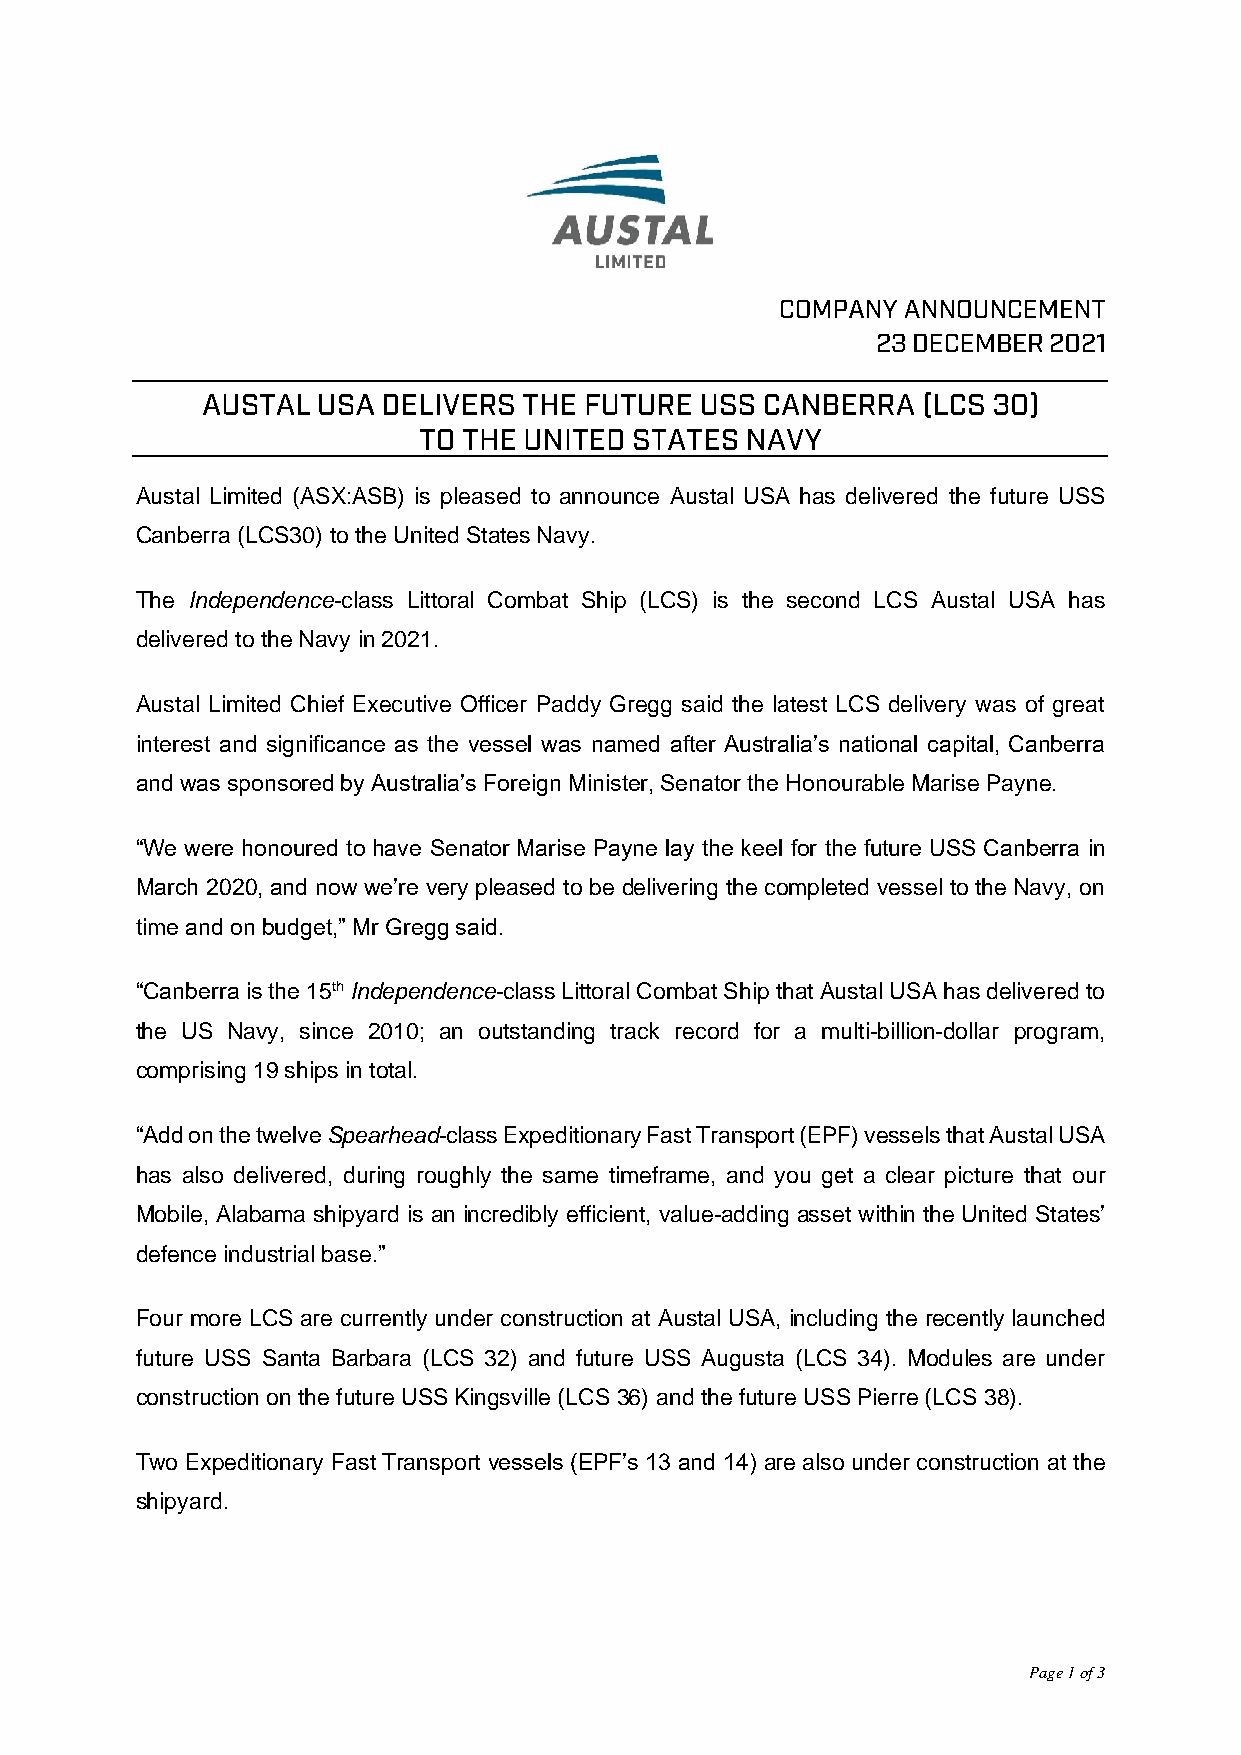
Austal Limited (ASX:ASB) is pleased to announce Austal USA has delivered the future USS
 Canberra (LCS30) to the United States Navy.
 The Independence-class Littoral Combat Ship (LCS) is the second LCS Austal USA has
 delivered to the Navy in 2021.
 Austal Limited Chief Executive Officer Paddy Gregg said the latest LCS delivery was of great
 interest and significance as the vessel was named after Australia’s national capital, Canberra
 and was sponsored by Australia’s Foreign Minister, Senator the Honourable Marise Payne.
 “We were honoured to have Senator Marise Payne lay the keel for the future USS Canberra in
 March 2020, and now we’re very pleased to be delivering the completed vessel to the Navy, on
 time and on budget,” Mr Gregg said.
 “Canberra is the 15th Independence-class Littoral Combat Ship that Austal USA has delivered to
 the US Navy, since 2010; an outstanding track record for a multi-billion-dollar program,
 comprising 19 ships in total.
 “Add on the twelve Spearhead-class Expeditionary Fast Transport (EPF) vessels that Austal USA
 has also delivered, during roughly the same timeframe, and you get a clear picture that our
 Mobile, Alabama shipyard is an incredibly efficient, value-adding asset within the United States’
 defence industrial base.”
 Four more LCS are currently under construction at Austal USA, including the recently launched
 future USS Santa Barbara (LCS 32) and future USS Augusta (LCS 34). Modules are under
 construction on the future USS Kingsville (LCS 36) and the future USS Pierre (LCS 38).
 Two Expeditionary Fast Transport vessels (EPF’s 13 and 14) are also under construction at the
 shipyard.
 Page 1 of 3